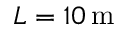
L = 1 0 \, \mathrm { m }